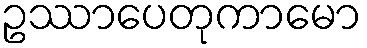
ဥဿာပေတုကာမော